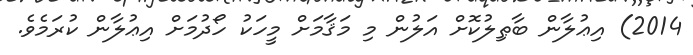
2014) އިޢުލާން ބާޠިލުކޮށް އަލުން މި މަޤާމަށް މީހަކު ހޯދުމަށް އިޢުލާން ކުރަމެވެ.